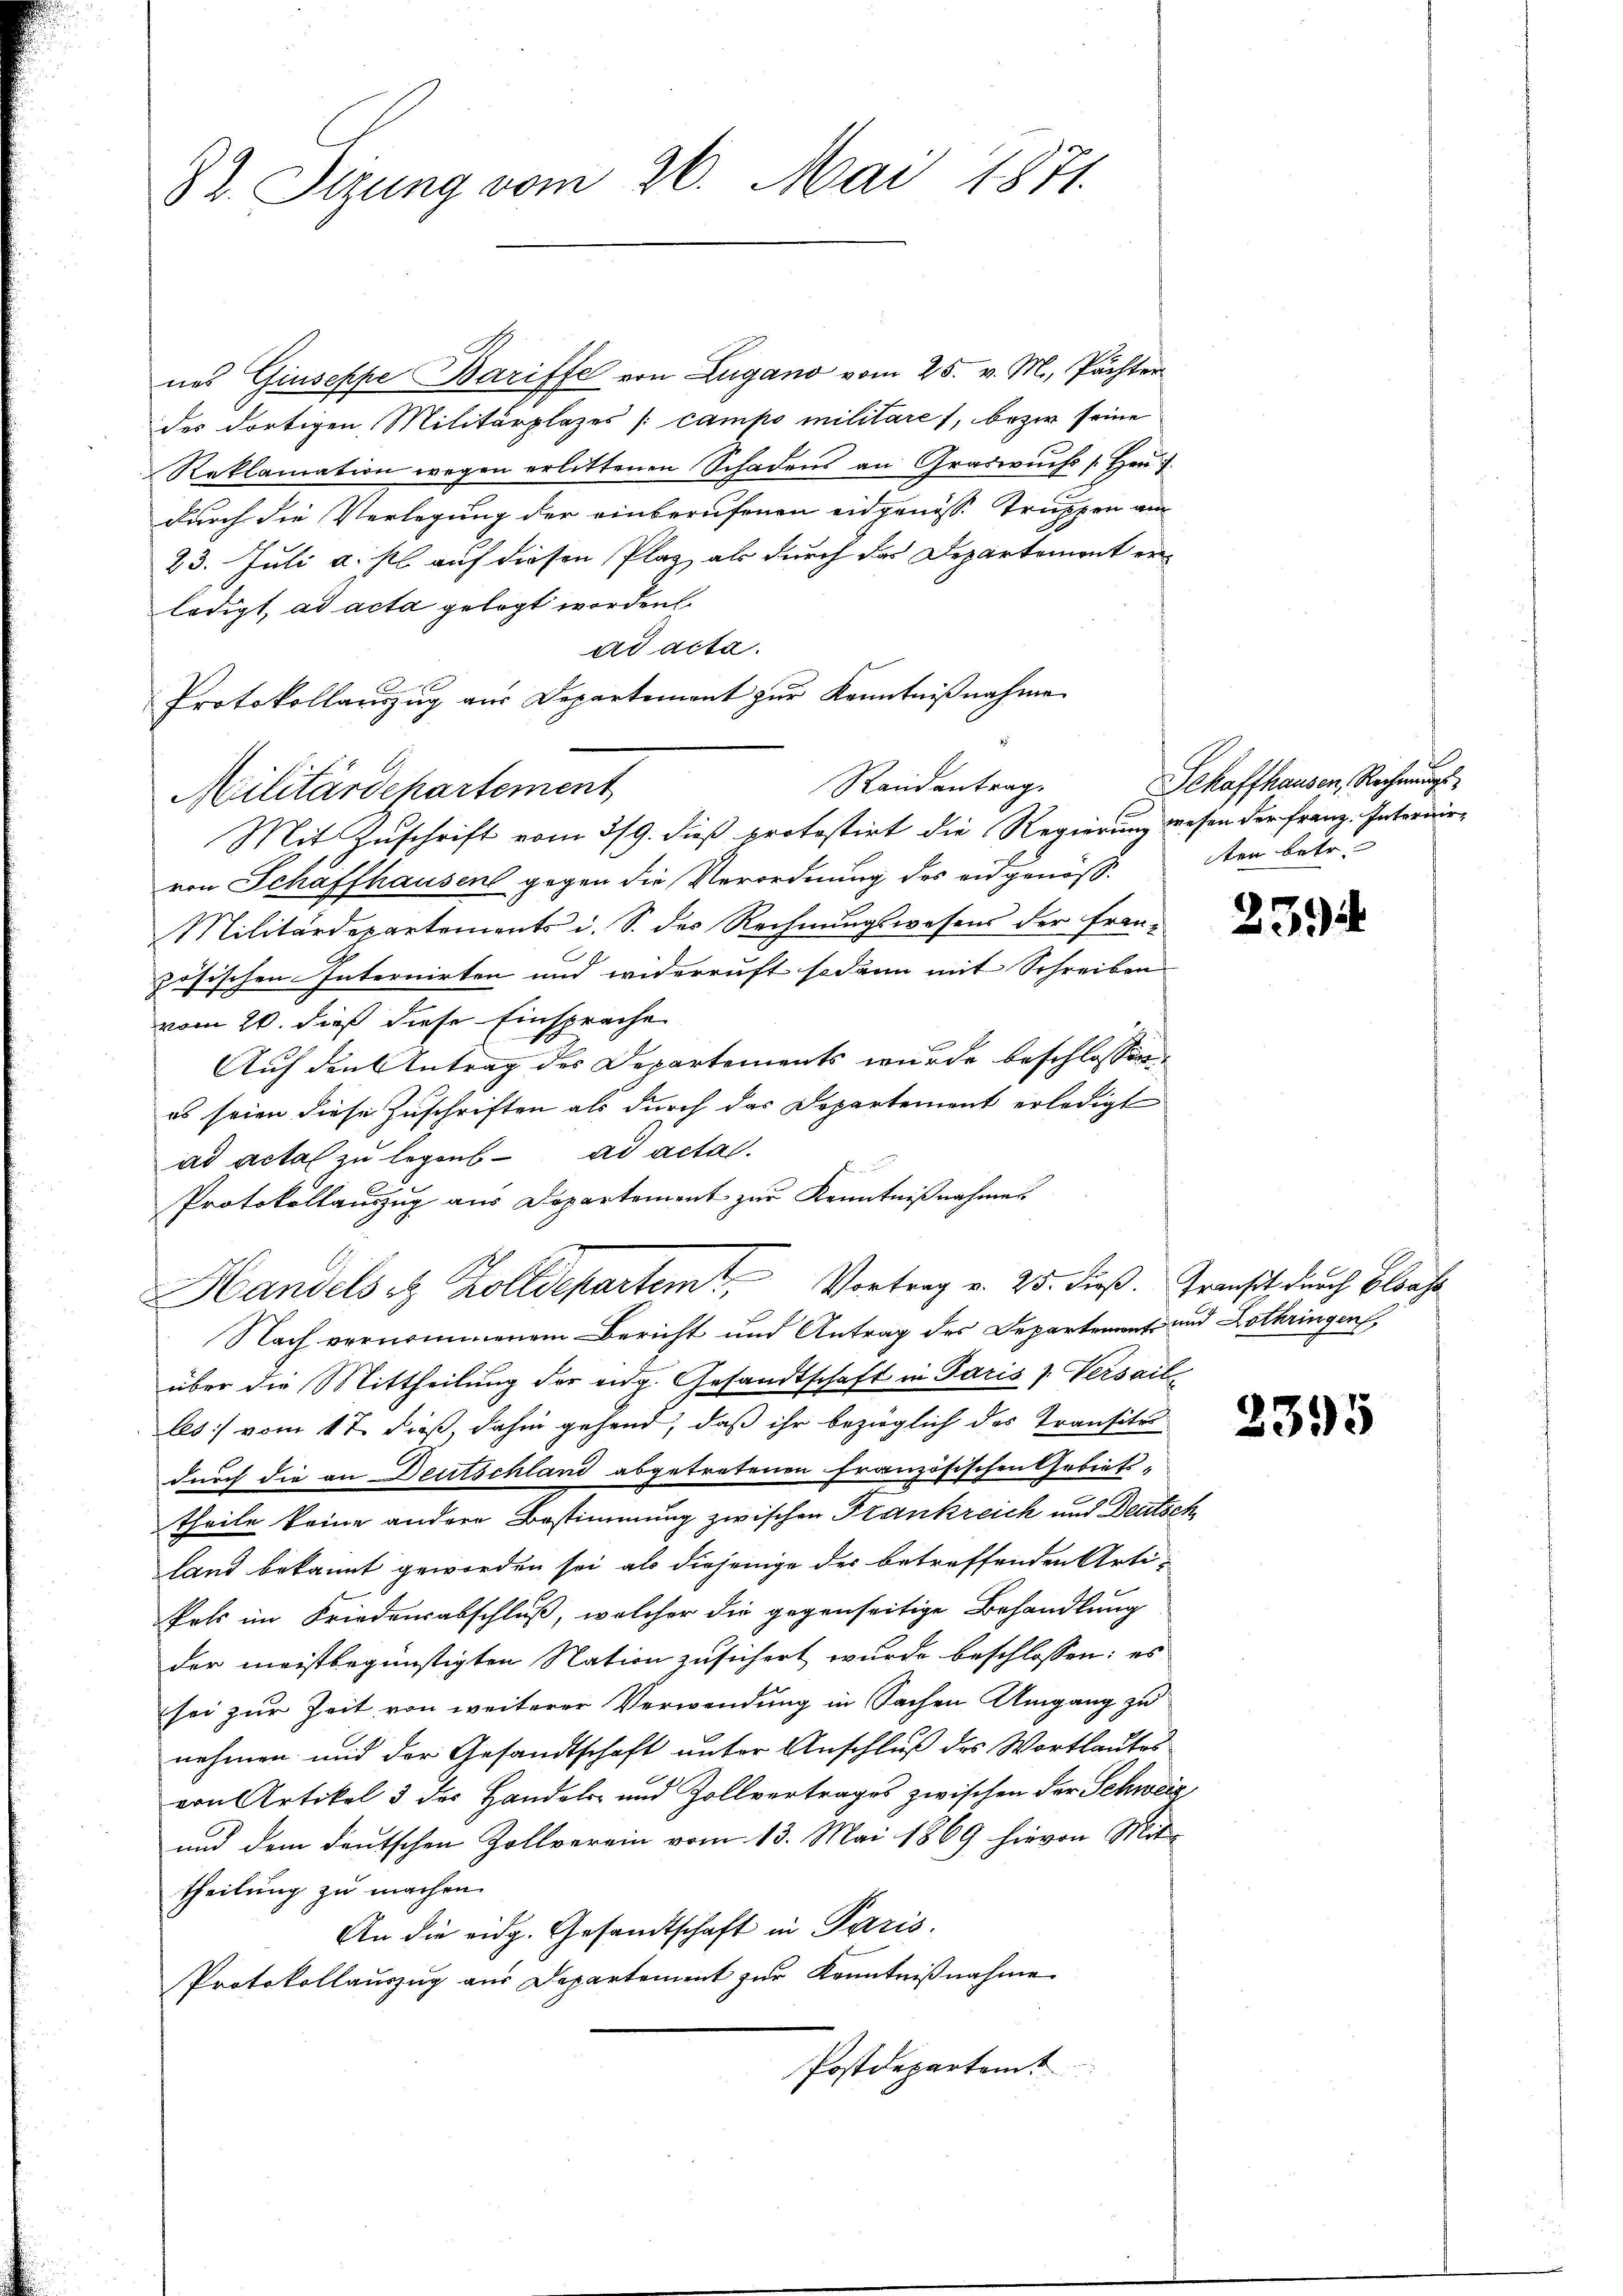
82. Sizung vom 26. Mai 1871.

nes Giuseppe Bariffe von Zugano vom 25. v. M., Pächter
des dortigen Militärplazes /: campo militares, bezir seine
Reklamation wegen erlittenen Schadens an Graswuchs / Hrn. J.
durch die Verlegung der einberufenen eidgenosse Truppen am
23. Juli a. pl. auf diesen Plaz als durch das Departement er-
ledigt, ad acta gelegt worden.
ad acta.
Protokollauszug aus Departement zur Kenntniβnahme
Militärdepartement
Mit Zuschrift vom 3/9. dieß protestirt die Regierung wesen der Franz. Interdire
von Schaffhausen gegen die Verordnung des eidgenöß¬
Militärdepartements i. S. des Rechnungswesens der Franz
zösischen Internirten und widerruft sodann mit Schreiben
vom 20. dieß diese Einsprache
Auf den Antrag des Departements wurde beschlossen:
es seien diese Zuschriften als durch das Departement erledigt
ad acta zu legens ad acta.
Protokollauszug aus Departement zur Kenntnißnahmes
Handels et Zolldepartem Vortrag v. 25. dieß. Transt durch Blase
Nach vernommenem Bericht und Antrag des Departement und Lothringen,
über die Mittheilung der eidg. Gesandtschaft in Paris 1. Versailles] vom 17. dieß, dahin gehend, daß ihr bezüglich des Transite
durch die an Deutschland abgetretenen französischen Gebiets-
theile keine andere Bestimmung zwischen Frankreich und Deutsc
land bekannt geworden sei, als diejenige der betreffenden Artikels im Friedensabschluß, welcher die gegenseitige Behandlung
der meistbegünstigten Nation zusichert wurde beschlossen: es
sei zur Zeit von weiterer Verwendung in Sachen Umgang zu
nehmen und der Gesandtschaft unter Anschluß des Wortlautes
von Artikel 3 des Handels- und Zollvertrages zwischen der Schweiz
und dem deutschen Zollverein vom 13. Mai 1869 hievon Mittheilung zu machen.
An die eidg. Gesandtschaft in Paris.
Protokollauszug aus Departement zur Kenntnißnahme
Postdepartamt

Randantrag

Schaffhausen, Rechnungs
ten betr.

4.

239.

2395